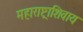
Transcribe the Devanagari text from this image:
महाराष्ट्राशिवाय